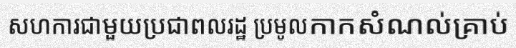
សហការជាមួយប្រជាពលរដ្ឋ ប្រមូលកាកសំណល់គ្រាប់